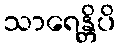
သာရေန္တိပိ